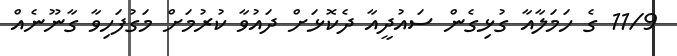
11/9 ގެ ހަމަލާއާ ގުޅިގެން ސައުދީއާ ދެކޮޅަށް ދައުވާ ކުރުމަށް މަގުފަހިވާ ގާނޫނެއް